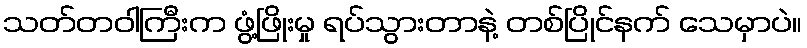
သတ်တဝါကြီးက ဖွံ့ဖြိုးမှု ရပ်သွားတာနဲ့ တစ်ပြိုင်နက် သေမှာပဲ။